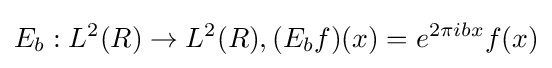
E_{b}:L^{2}(R)\rightarrow L^{2}(R),(E_{b}f)(x)=e^{2\pi ibx}f(x)